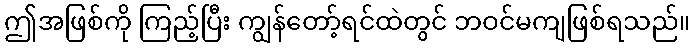
ဤအဖြစ်ကို ကြည့်ပြီး ကျွန်တော့်ရင်ထဲတွင် ဘဝင်မကျဖြစ်ရသည်။